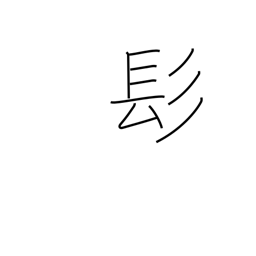
Meaning: long hair radical (no.190)